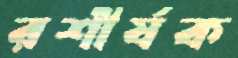
রশীর্ষক